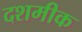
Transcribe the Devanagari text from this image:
दशमीक